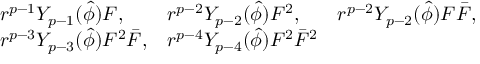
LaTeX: \begin{array} { l l l } { { r ^ { p - 1 } Y _ { p - 1 } ( \hat { \phi } ) F , } } & { { r ^ { p - 2 } Y _ { p - 2 } ( \hat { \phi } ) F ^ { 2 } , } } & { { r ^ { p - 2 } Y _ { p - 2 } ( \hat { \phi } ) F \bar { F } , } } \\ { { r ^ { p - 3 } Y _ { p - 3 } ( \hat { \phi } ) F ^ { 2 } \bar { F } , } } & { { r ^ { p - 4 } Y _ { p - 4 } ( \hat { \phi } ) F ^ { 2 } \bar { F } ^ { 2 } } } & { { } } \end{array}